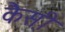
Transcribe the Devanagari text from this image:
कैस़ी